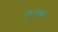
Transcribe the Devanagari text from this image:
ए०एल०